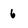
Character: 6